Leningradi_Edasi_toimetus, lk 182
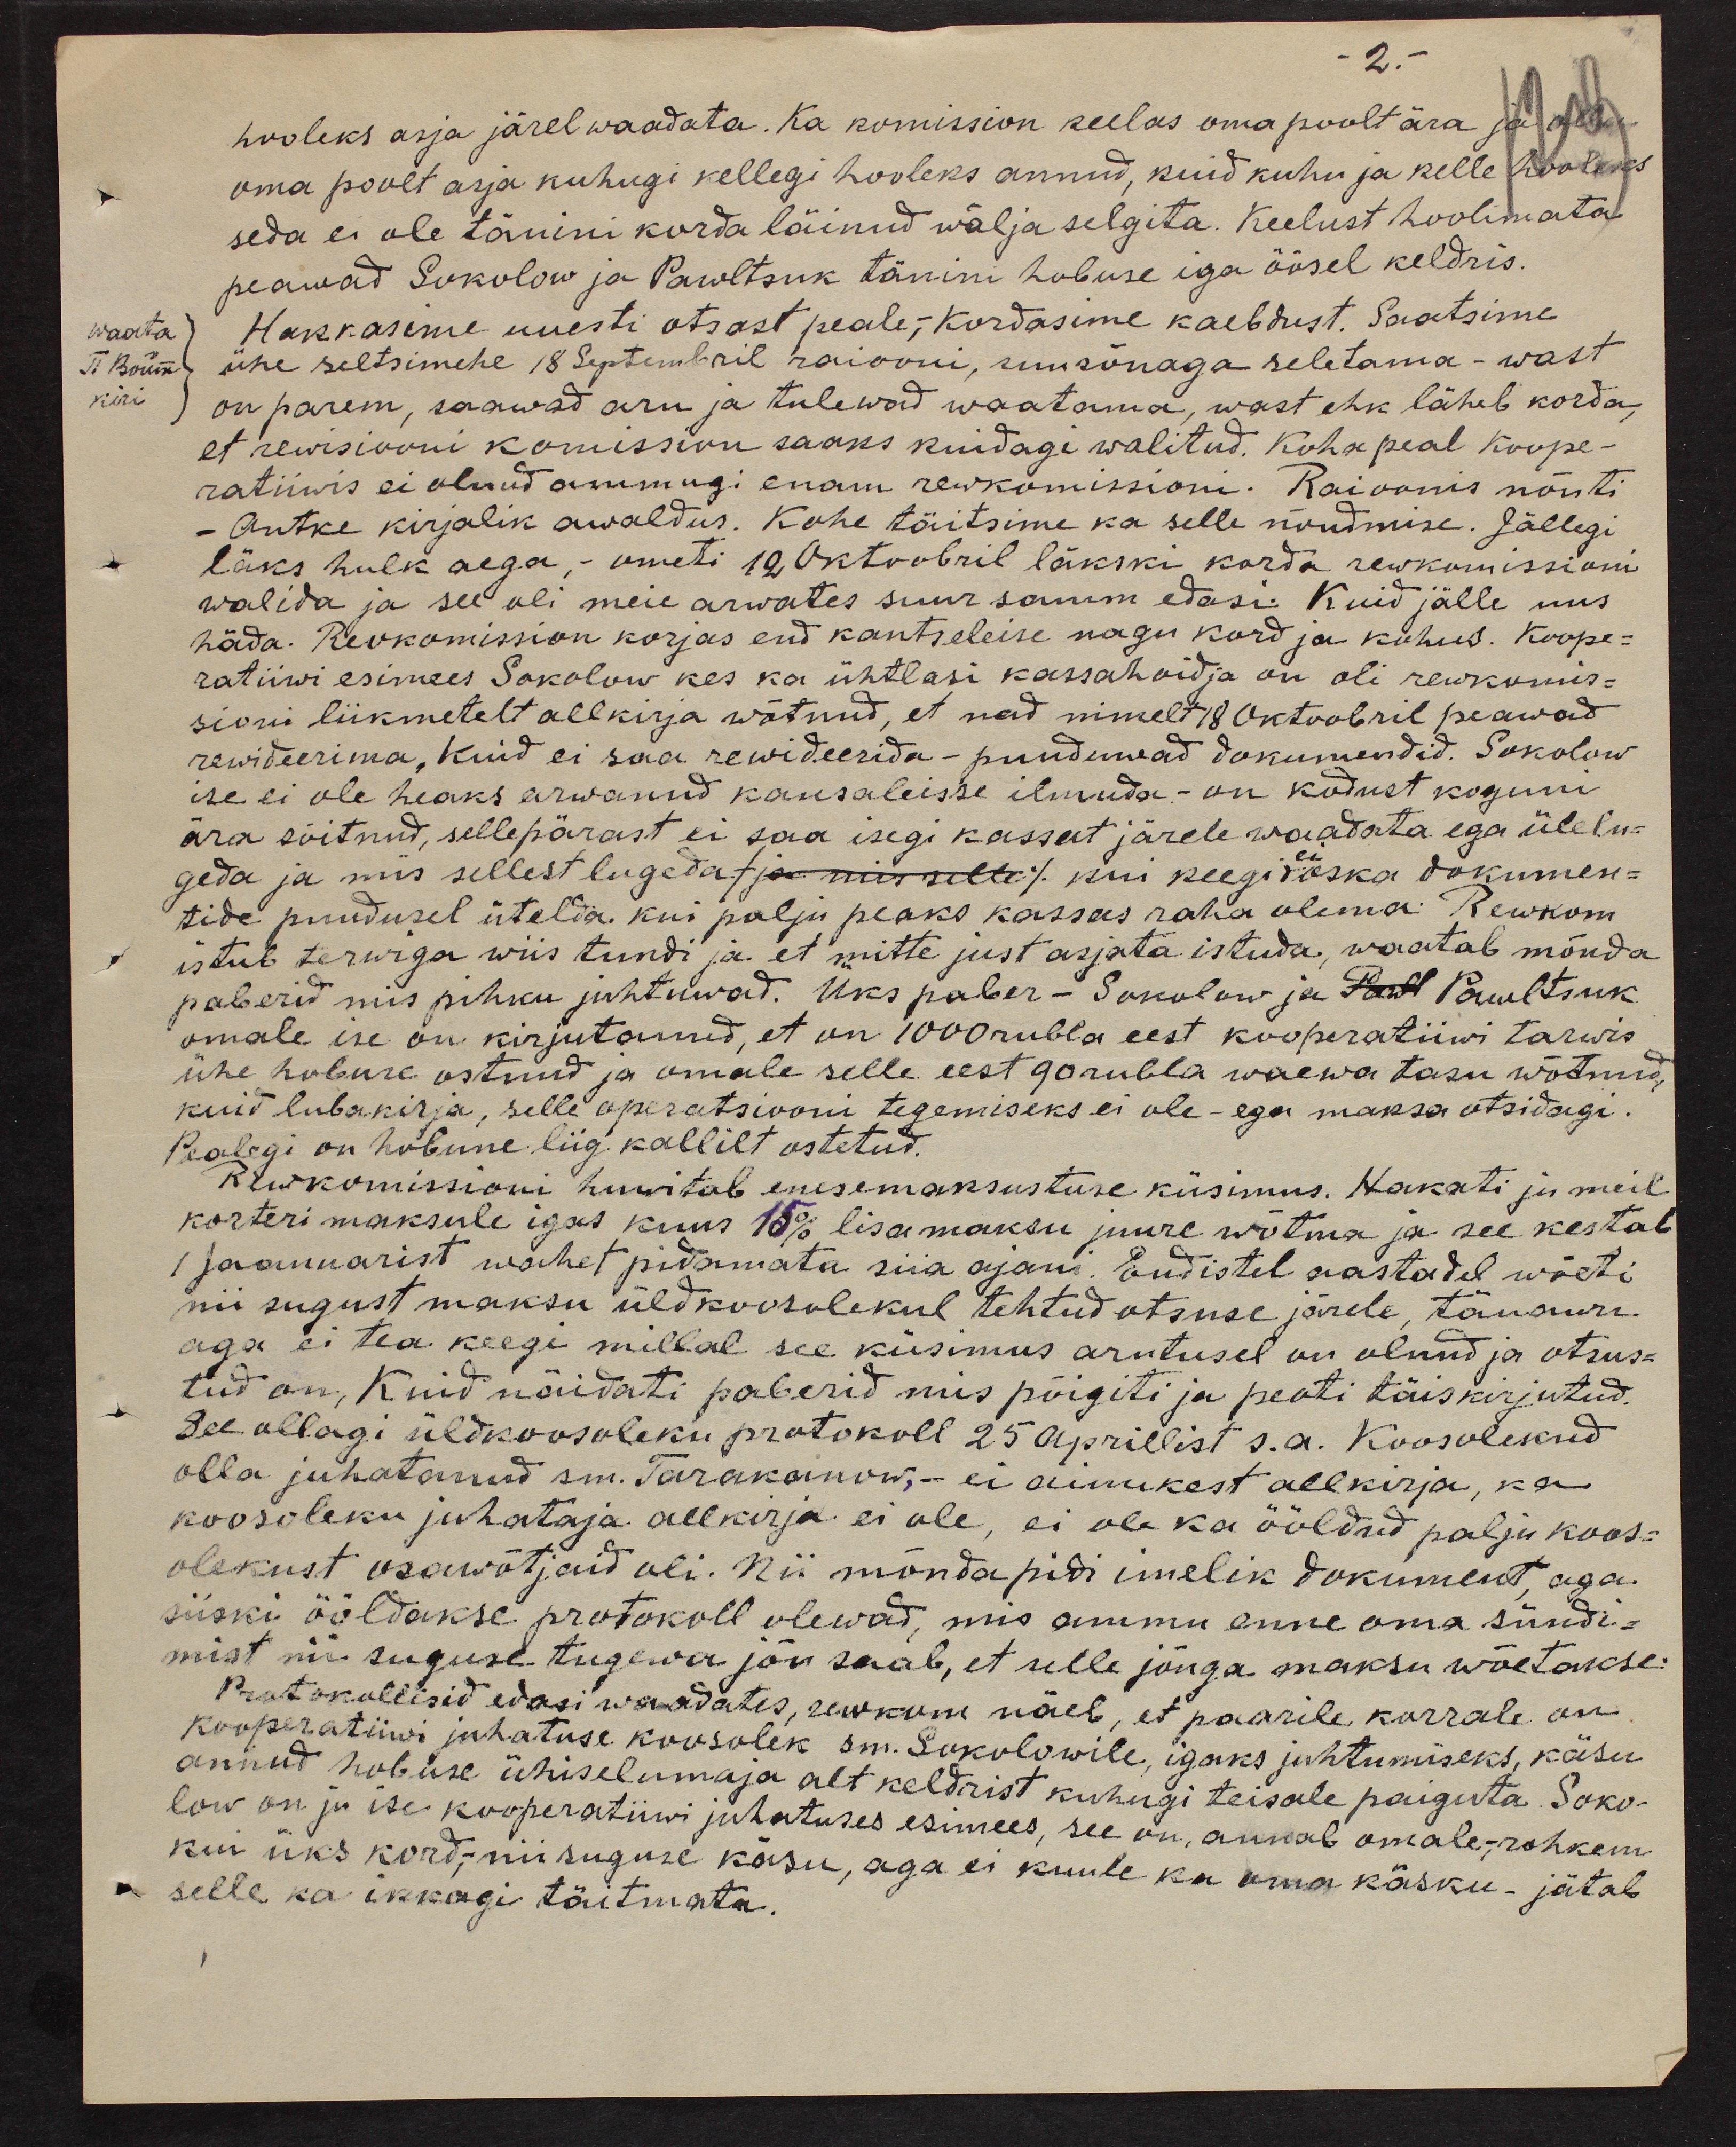
2.
hooleks asja järel waadata. Ka komission keelas oma poolt ära ja
oma poolt asja kuhugi kellegi hooleks annud, kuid kuhu ja kelle hoooleks
seda ei ole tänini korda läinud wälja selgita. Keelust hoolimata
peawad Sokolow ja Pawltsuk tänini hobuse iga öösel keldris.
waata
II. Bouise kiri
Hakkasime uuesti otsast peale,- kordasime kaebdust. Saatsime
ühe seltsimehe 18 Septembril raiooni, suusõnaga seletama-wast
on parem, saawad aru ja tulewad waatama, wast ehk läheb korda,
et rewisiooni komission saaks kuidagi walitud. Kohk peal koope-
ratiivis ei olnud ammugi enam rewkomissioni. Raioonis nõuti
- Antke kirjalik awaldus. Kohe täitsime ka selle nõudmise. Jällegi
läks hulk aega, - ometi 12 oktoobril läkski korda rewkomissioni
walida ja see oli meie arwates suur samm edasi. Kuid jälle mis
häda. Rewkomission korjas end kantseleise nagu kord ja kohus. Koop-
ratiiwi esimees Sokolow kes ka ühtlasi kassahoidja on oli rewkomis-
sioni liikmetelt allkirja wõtnud, et nad nimelt 18 Oktoobril peawad
rewideerima, kuid ei saa rewideerida- puuduwad dokumendid. Sokolow
ise ei ole heaks arwanud kansaleisse ilmuda- on kodust koguni
ära sõitnud, sellepärast ei saa isegi kassat järele waadata ega ülelu-
geda ja mis sellest lugedas ja nii selle / kui keegi ei oska dokumen-
tide puudusel ütelda kui palju peaks kassas raha olema Rewkom
istub terwiga wiis tundi ja et mitte just asjata istuda, waatab mõnda
paberid mis pihku juhtuwad. Üks paber- Sokolow ja Pawl Pawltsuk
omale ise on kirjutanud, et on 1000 rubla eest kooperatiivi tarwis
ühe hobuse ostnud ja omale selle eest 90 rubla waewa tasu wõtnud,
kuid lubakirja, selle operatsiooni tegemiseks ei ole - ega maksa otsidagi.
Pealegi on hobune liig kallilt ostetud.
Rewkomissioni huvitab enesemaksustuse küsimus. Hakati ju meil
korteri maksule igas kuus 15% lisamaksu juure wõtma ja see kestab
jaanuarist wahet pidamata siia ajani. Endistel aastadel wõeti
nii sugust maksu üldkoosolekul tehtud otsuse järele, tänawu
aga ei tea keegi millal see küsimus arutusel on olnud ja otsus-
tud on, Kuid näidati paberid mis põigiti ja peati täis kirjutud.
See ollagi üldkoosoleku protokoll 25 Aprillist s.a. Koosolekud
olla juhatanud sm. Tarakonow,- ei aimukest allkirja, ka
koosoleku juhataja allkirja ei ole, ei ola ka ööldud palju koos-
olekust osawõtjaid oli. Nii mõnda pidi imelik dokument aga-
siiski ööldakse protokoll olewad, mis ammu enne oma sündi-
mist nii suguse tugewa jõu saab, et selle jõuga maksu wõetakse.
Protokollisid edasi waadates, rewkom näeb, et paarile korrale on
kooperatiwi juhatuse koosolek sm. Sokolowile, igaks juhtumiseks, käsu
annud hobuse ühiselumaja alt keldrist kuhugi teisale paiguta. Soko-
low on ju ise kooperatiivi juhatuses esimees, see on, annab omale,- rohkem
ku üks kord, niisuguse käsu, aga ei kuule ka oma käsku- jätab
selle ka ikkagi täitmata.